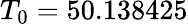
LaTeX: T_{0}=50.138425